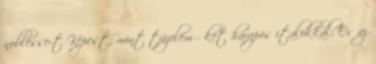
noblesse-t Képest; mint tüzelém őket harapós italokkal; És az